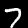
Label: 7